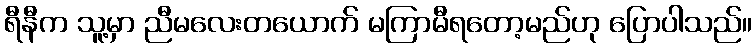
ရီနီက သူ့မှာ ညီမလေးတယောက် မကြာမီရတော့မည်ဟု ပြောပါသည်။